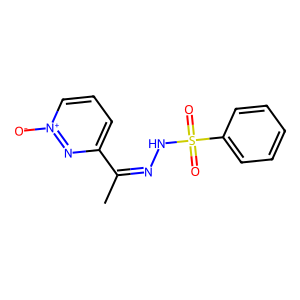
SMILES: CC(=NNS(=O)(=O)c1ccccc1)c1ccc[n+]([O-])n1
Inhibits HIV replication: No